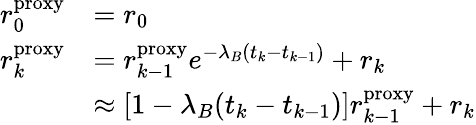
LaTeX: \begin{array}{rl}{r_{0}^{\mathrm{proxy}}}&{=r_{0}}\\ {r_{k}^{\mathrm{proxy}}}&{=r_{k-1}^{\mathrm{proxy}}e^{-\lambda_{B}(t_{k}-t_{k-1})}+r_{k}}\\ &{\approx\left[1-\lambda_{B}(t_{k}-t_{k-1})\right]r_{k-1}^{\mathrm{proxy}}+r_{k}}\end{array}